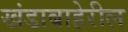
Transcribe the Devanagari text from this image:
खंडाबाहेरील